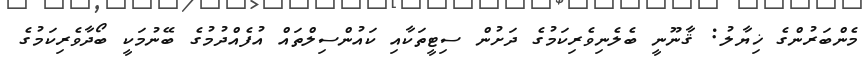
މެންބަރުންގެ ޚިޔާލު: ޤާނޫނީ ބެލެނިވެރިކަމުގެ ދަށުން ސިޓީތަކާއި ކައުންސިލްތައް އުފެއްދުމުގެ ބޭނުމަކީ ބޯދާވެރިކަމުގެ